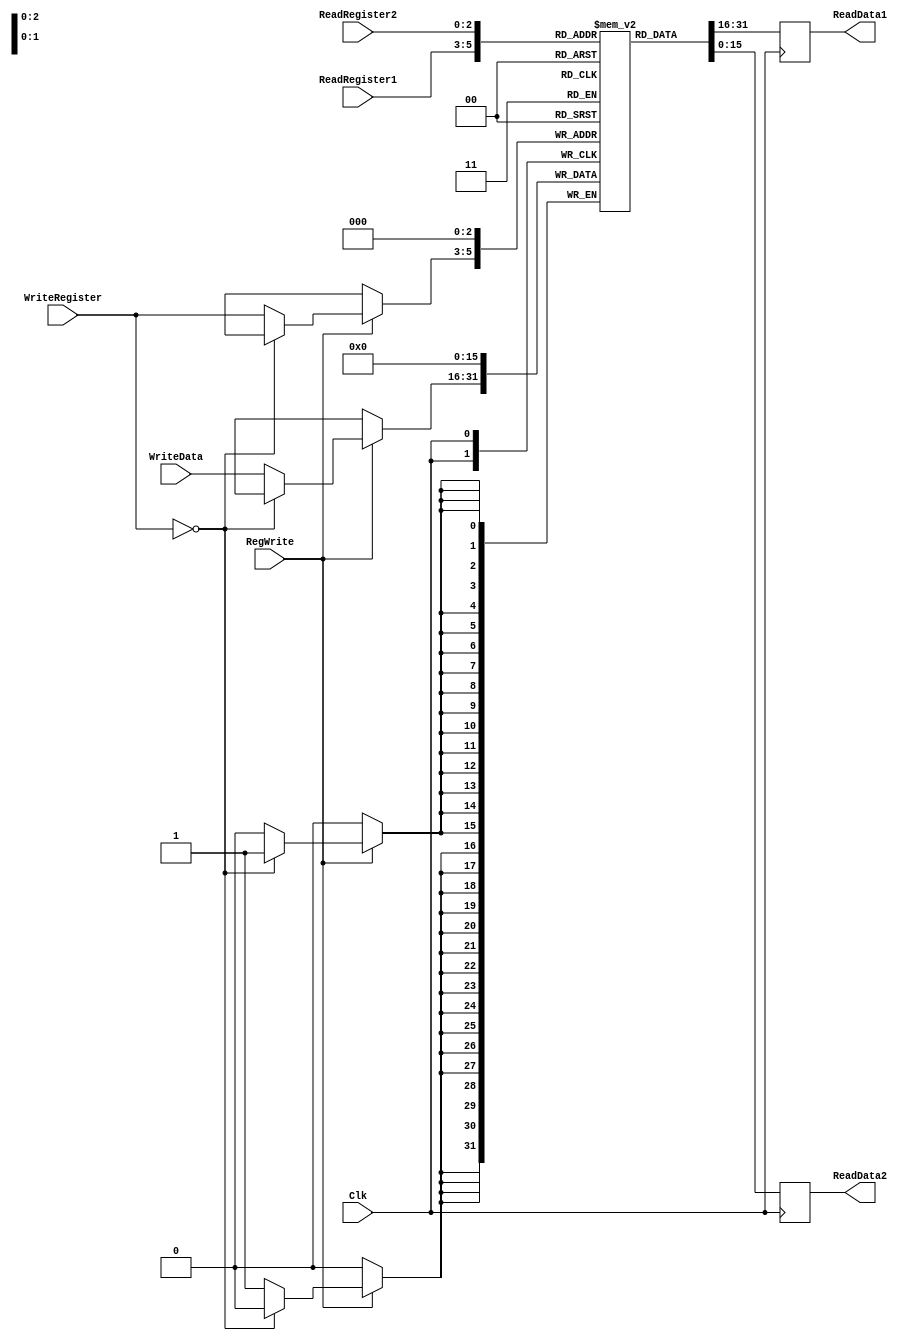
//-----------------------------------------------------------------------------
//
// Title       : Register_file
// Design      : werwer
// Company     : Bierzet
//
//-----------------------------------------------------------------------------
//
// Generated   : Fri Jun 14 22:49:03 2024
// From        : Interface description file
// By          : ItfToHdl ver. 1.0
//
//-----------------------------------------------------------------------------
//
// Description : 
//
//-----------------------------------------------------------------------------

`timescale 1ps / 1ps

//{{ Section below this comment is automatically maintained
//    and may be overwritten
//{module {Register_file}}

module RegisterFile(ReadRegister1, ReadRegister2, WriteRegister, WriteData, RegWrite, Clk, ReadData1, ReadData2);

	input [2:0] ReadRegister1,ReadRegister2,WriteRegister;
	input [15:0] WriteData;
	input RegWrite,Clk;
	
	output reg [15:0] ReadData1,ReadData2;
	
	
	reg [15:0] Registers [0:7];
	
	initial begin
		Registers[0] <= 16'h0000;
		Registers[1] <= 16'h0005;
		Registers[2] <= 16'hF000;
		Registers[3] <= 16'h0007;
		Registers[4] <= 16'h0001;
		Registers[5] <= 16'h0006;
		Registers[6] <= 16'h0016;
		Registers[7] <= 16'h0027;
	end
	
	
	always @(posedge Clk)
	begin
		
		if (RegWrite == 1) 
		begin 
		 if(WriteRegister == 3'b0) 
			 Registers[0] <= 3'b0;
    	  else 
			Registers[WriteRegister] <= WriteData;
		end
	end
	
	always @(negedge Clk)
	begin
		ReadData1 <= Registers[ReadRegister1];
		ReadData2 <= Registers[ReadRegister2];
	end
	
	

endmodule